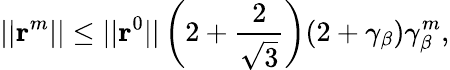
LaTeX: ||\textrm{\textbf{r}}^{m}||\leq||\textrm{\textbf{r}}^{0}||\left(2+\frac{2}{\sqrt{3}}\right)(2+\gamma_{\beta})\gamma_{\beta}^{m},